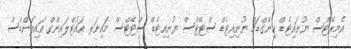
އެމިރޭޓްސް ޔުނައިޓެޑް ކިންގްޑަމް ޔުނިއިޓެޑް ސްޓޭޓްސް ޔުނިއިޓެޑް ސްޓޭޓްސް މައިނަރ އައުޓްލައިންގް އައިލަންޑްސް